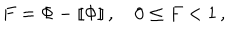
LaTeX: F = \Phi - [ \! [ \Phi ] \! ] \, , \quad 0 \leq F < 1 \, ,